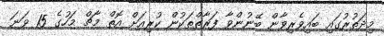
މިދަތުރުގައި ބައިވެރިވާން ބޭނުންވާ ފަރާތްތަކުން ކުރިއަށް އޮތް މާޗް މަހުގެ 15 ވަނަ